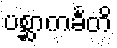
ပစ္ဆာကင်္ခတိ